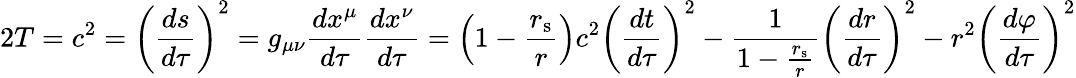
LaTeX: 2T=c^{2}=\left({\frac{ds}{d\tau}}\right)^{2}=g_{\mu\nu}{\frac{dx^{\mu}}{d\tau}}{\frac{dx^{\nu}}{d\tau}}=\left(1-{\frac{r_{\mathrm{{s}}}}{r}}\right)c^{2}\left({\frac{dt}{d\tau}}\right)^{2}-{\frac{1}{1-{\frac{r_{\mathrm{{s}}}}{r}}}}\left({\frac{dr}{d\tau}}\right)^{2}-r^{2}\left({\frac{d\varphi}{d\tau}}\right)^{2}